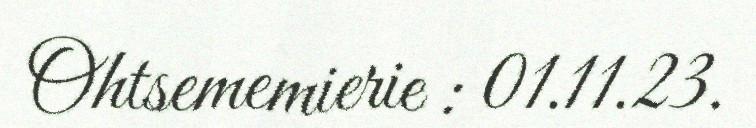
Ohtsememierie : 01.11.23.